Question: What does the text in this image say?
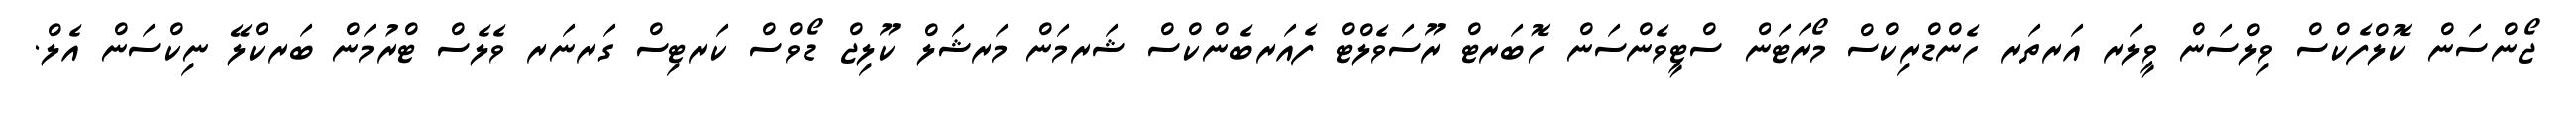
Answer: ޖޯންސަން ކޮލްފެކްސް ވިލްސަން ވީލަރ އަރތަރ ހެންޑްރިކްސް މޯރަޓަން ސްޓީވެންސަން ހޮބަރޓް ރޫސަވެލްޓް ފެއަރބެންކްސް ޝަރމަން މަރޝަލް ކޫލިޖް ޑޯވްސް ކަރޓިސް ގަރނަރ ވެލެސް ޓްރުމަން ބަރކްލޭ ނިކްސަން އެލް.